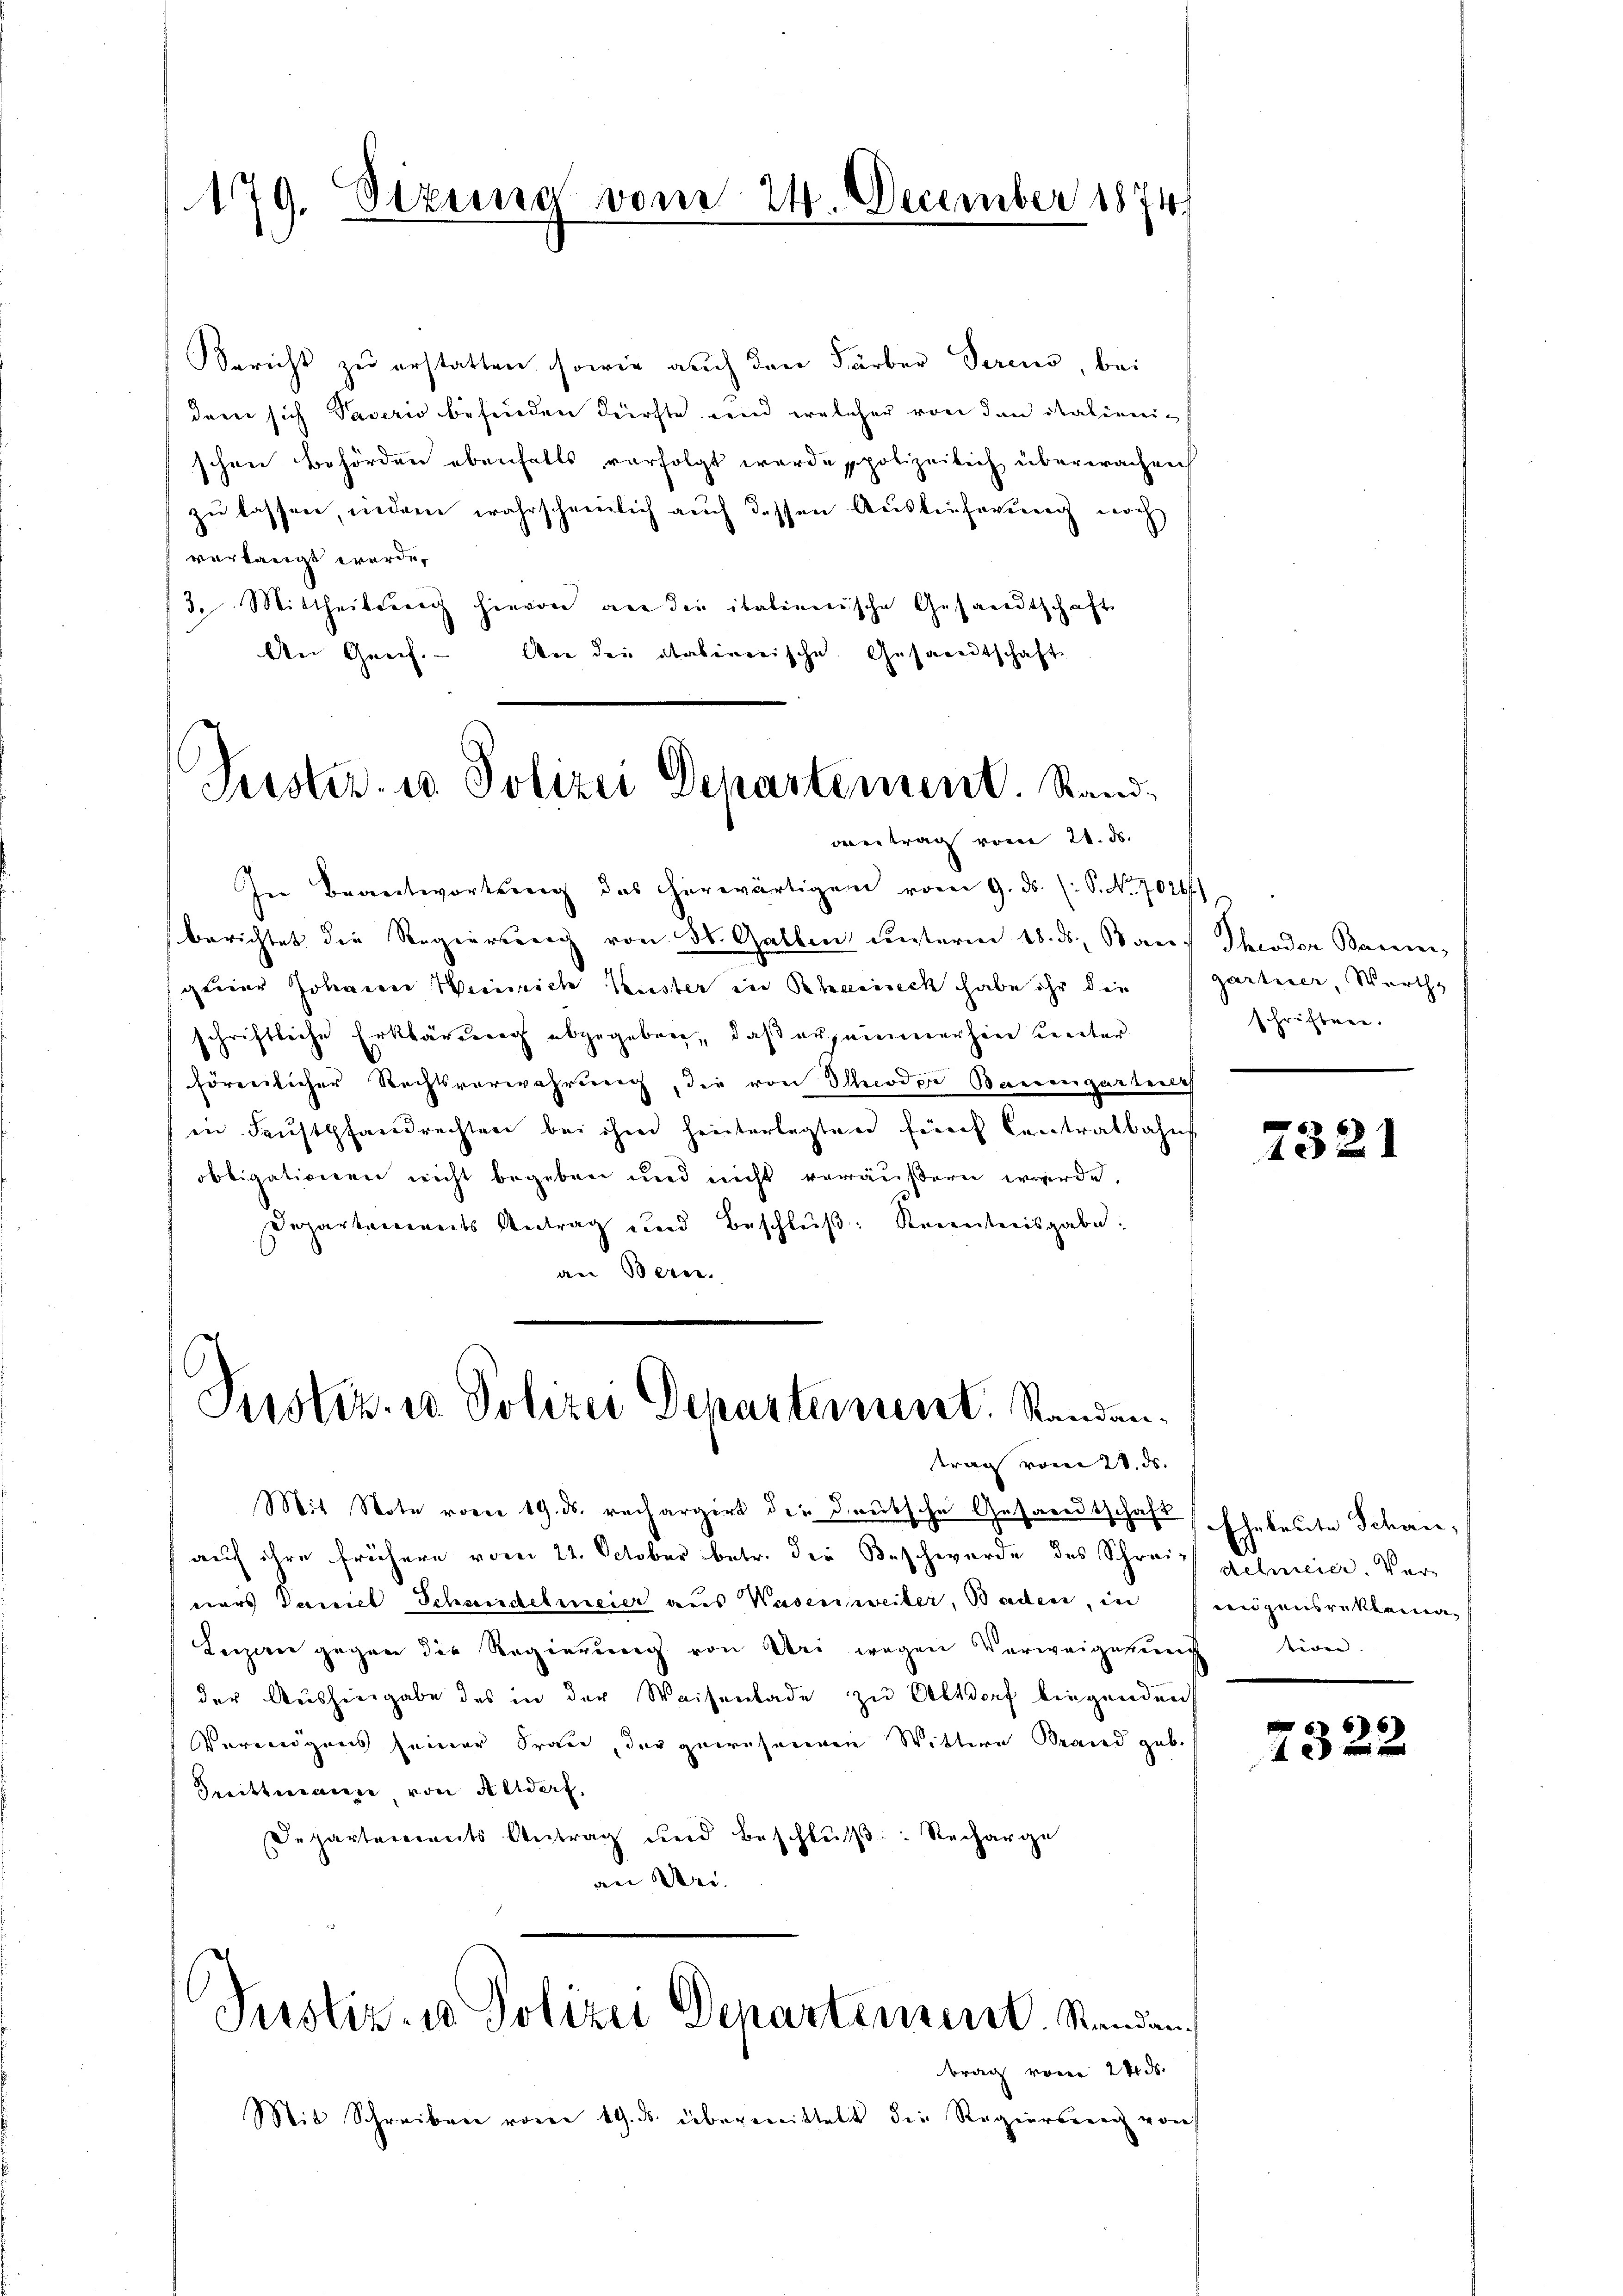
179. Sitzung vom 24. December 1874

Bericht zu erstatten, sowie auch den Färber Seren, bei
der sich Paperio befinden dürfte und welcher von den italienischen Behörden ebenfalls verfolgt werde spolizeilich überwachen
zu lassen, indem wahrscheinlich auch dessen Auslieferung noch
verlangt werde.
/3. Mittheilsreich hievon an die italienische Gesandtschaft
An Greif. Wie die altalinerische Gesandtschaft-

Puster u. Polizei Departement. Sand¬
Betrag vom 21. ds.

In Beantwortŭng des herwärtigen vom 9. ds. (: P. Nr. 7026f
berichtet die Regierung von St. Gallen unterm 18. ds. auf Theoder Baum,
geier Johann Weinrich Küster in Rheineck habe ihr die
schriftliche Erklärung abgegeben, daß ausammerhin Kenterhörenlicher Rechtsverwahrung, die von Theodor Bauengarten
in Faustpfandrechten bei ihm hinterlegten fünf Contralbahns
obligationen nicht begeben und nicht veräußern werde,
Departenweits Antrag und Beschlŭβ: Kenntnisgabe:
an Bern.

Justiz in Polizei Departement. Standentrag vom 28. ds.

Justiz- u. Polizei Departement. Standen

Mit Note vom 19. ds. rechargirt die deutsche Gesandtschaft
auf ihre frühere vom 22. October betr. die Beschwerde des Schrei-
ners Saniel Schmiedelmeier aus Waisen weiter, Baden, in
Luzan gegen die Regierung von Uri wegen Verweigenug tien.
der Aushingabe des in der Waisenbade zu Altdorf liegenden
Vermögens seiner Frau, der gewohneren Wittwe Brand gab.
Dittmann von Altdorf,
Departements Antrag und Beschluß: Recharge
an Dei

brach von 24 d
Mit Schreiben vom 19. ds. übereittelt die Regierseer von

gartner, Werth
schriften.

7321

Eheleute Schau,
delmeier. Vereinigensreklaman

7322